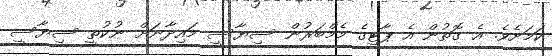
ކަމަށެވެ. އެ ގޮތުން އެ ޕާޓީގެ މެމްބަރުން ސިޔާސީ މައިދާނަށް ނުކުތީ ސިޔާސީ